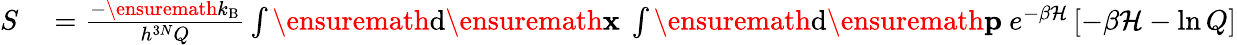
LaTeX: \begin{array}{rl}{S}&{{}=\frac{-\ensuremath{k_{\mathrm{B}}}}{h^{3N}Q}\int\ensuremath{\mathrm{d}}\ensuremath{\mathbf{x}}\ \int\ensuremath{\mathrm{d}}\ensuremath{\mathbf{p}}\ e^{-\beta\mathcal{H}}\left[-\beta\mathcal{H}-\ln Q\right]}\end{array}